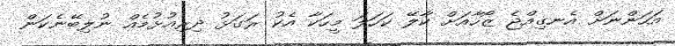
އަހަންނަށް އެނގިއްޖެ ޒޯހާއަށް ކާލޭ ކަހަލަ މީހަކާ އެކު ރަގަޅު ދިރިއުޅުމެއް ނުލިބޭނެކަން